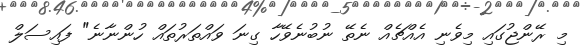
މި ރޭންޖުގައި މިވެނި އެއްޗެއް ނެތޭ ނުބުނެވޭހާ ގިނަ ވައްތަރުތައް ހުންނާނެ" ފައިސަލް